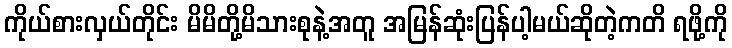
ကိုယ်စားလှယ်တိုင်း မိမိတို့မိသားစုနဲ့အတူ အမြန်ဆုံးပြန်ပါ့မယ်ဆိုတဲ့ကတိ ရဖို့ကို